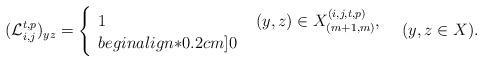
LaTeX: \begin{align*}(\mathcal{L}^{t,p}_{i,j})_{yz}=\left\{\begin{array}{ll} 1 &\ (y,z)\in X^{(i,j,t,p)}_{(m+1,m)},\\begin{align*}0.2cm] 0 & \end{array}\right.\ \ (y,z\in X).\end{align*}